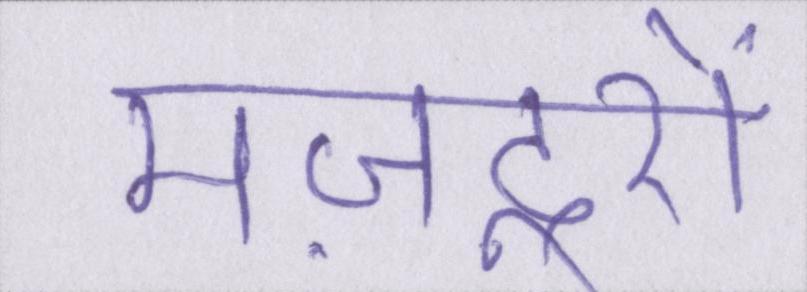
मज़दूरों